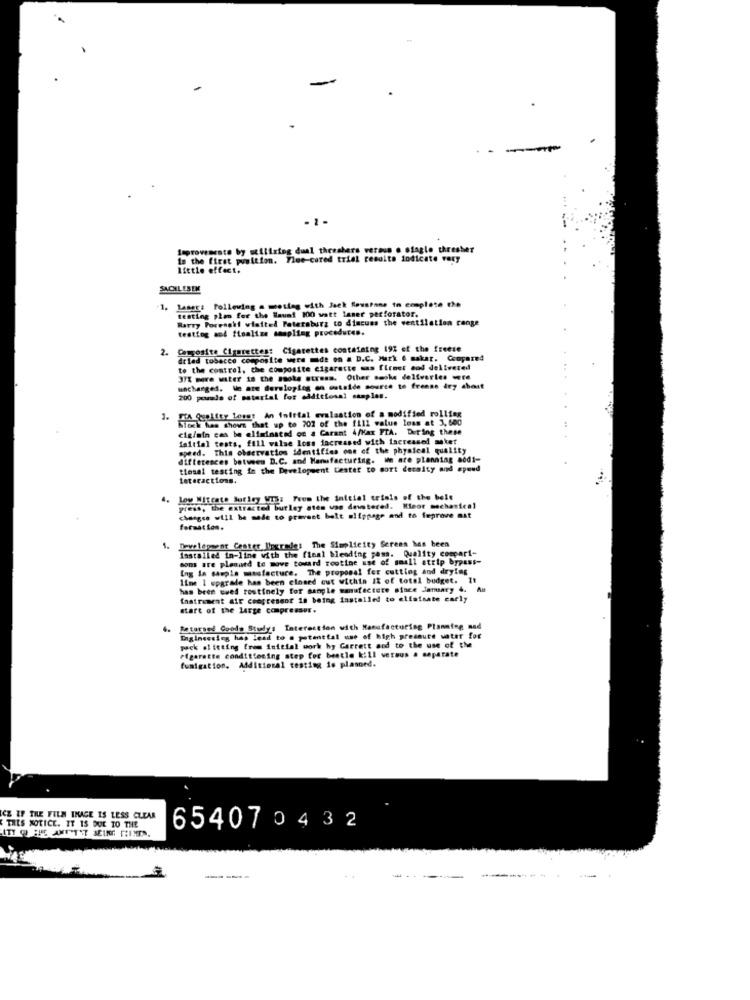
-
-1-
Improvements by scilizing dual threshers versus e ofagle thresher
In the first punition. Flue-cared trial results indicate very
Little effect.
SACCHILESEN
1. Lamer: following a motteg with Jack Soustane to complete the
Barry Poresoki visited Petersburg to discuss the ventilation cange
g plan for the Haunt 100 watt laser perforator.
testing and finalize sampling procedures.
2.
Composite Cigarettes: Cigarettes containing 19% of the freese
drled tobacco composite were mide on . D.C. Mark 6 makar. Compare4
to the control, the composite cigarette was firmet cod delivered
37% more water in the saoke stress. Other smoke deliveries were
uncharged. We are dersloglog on outside source to freene iry abast
200 pounds of material for additional staples.
1.
DA Colfer Lomay An Initial evaluation of a modified rolling
Slock has shows that up to 702 of the 1111 value loss at 3, 500
cig/min can be eliminated on a Carant 4/Kar PIA. During these
initial tests, fill valse loss increased with increased meket
speed. This observation identifies one of the physical quality
differences between D.C. and Manufacturing. We are planning aodi-
tiosal testing in the Development Leater to cort decaity and speed
Lateractions.
4. Joy Witcate Burley WIS: From the jalcial trials of the belt
press, the extract=
press, the extracted butley sten was devstored. Hleor mechanical
changes will be made to prevent bolt slippage and to feprove mat
formation.
Development Center Iipurede: The Simplicity Sereen has been
Lastalled in-line with the final blending pass. Quality compari-
sons are planned to move toward routine use of small strip bypass-
Ing la sample mtsfacture. The proposal for cutting and drying
line 1 upgrade has been closed cut within It of total budget. It
has been used rostinely for sample manufacture since January 4.
instrument air compressor 10 being installed to elistsate carly
start of the large compresser.
4.
Setorsed Goods Study: Interaction with Manufacturing Planning nad
Enginessieg has lead to a potential use of high pressure water for
pack ol itting frem initial work hy Garrett and to the use of the
Pigaratte conditioning step for beetle kill versus a separate
fumigation. Additional testing is planned.
ICE IF THE FILM IMAGE IS LESS CLEAR
THIS NOTICE. IT 15 DUE TO THE
ITY @ SHE AMUSTET SEINE CHIMES.
654070432
----